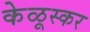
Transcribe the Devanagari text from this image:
केळूस्कर